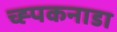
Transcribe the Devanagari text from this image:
च्ह्पकनाडा